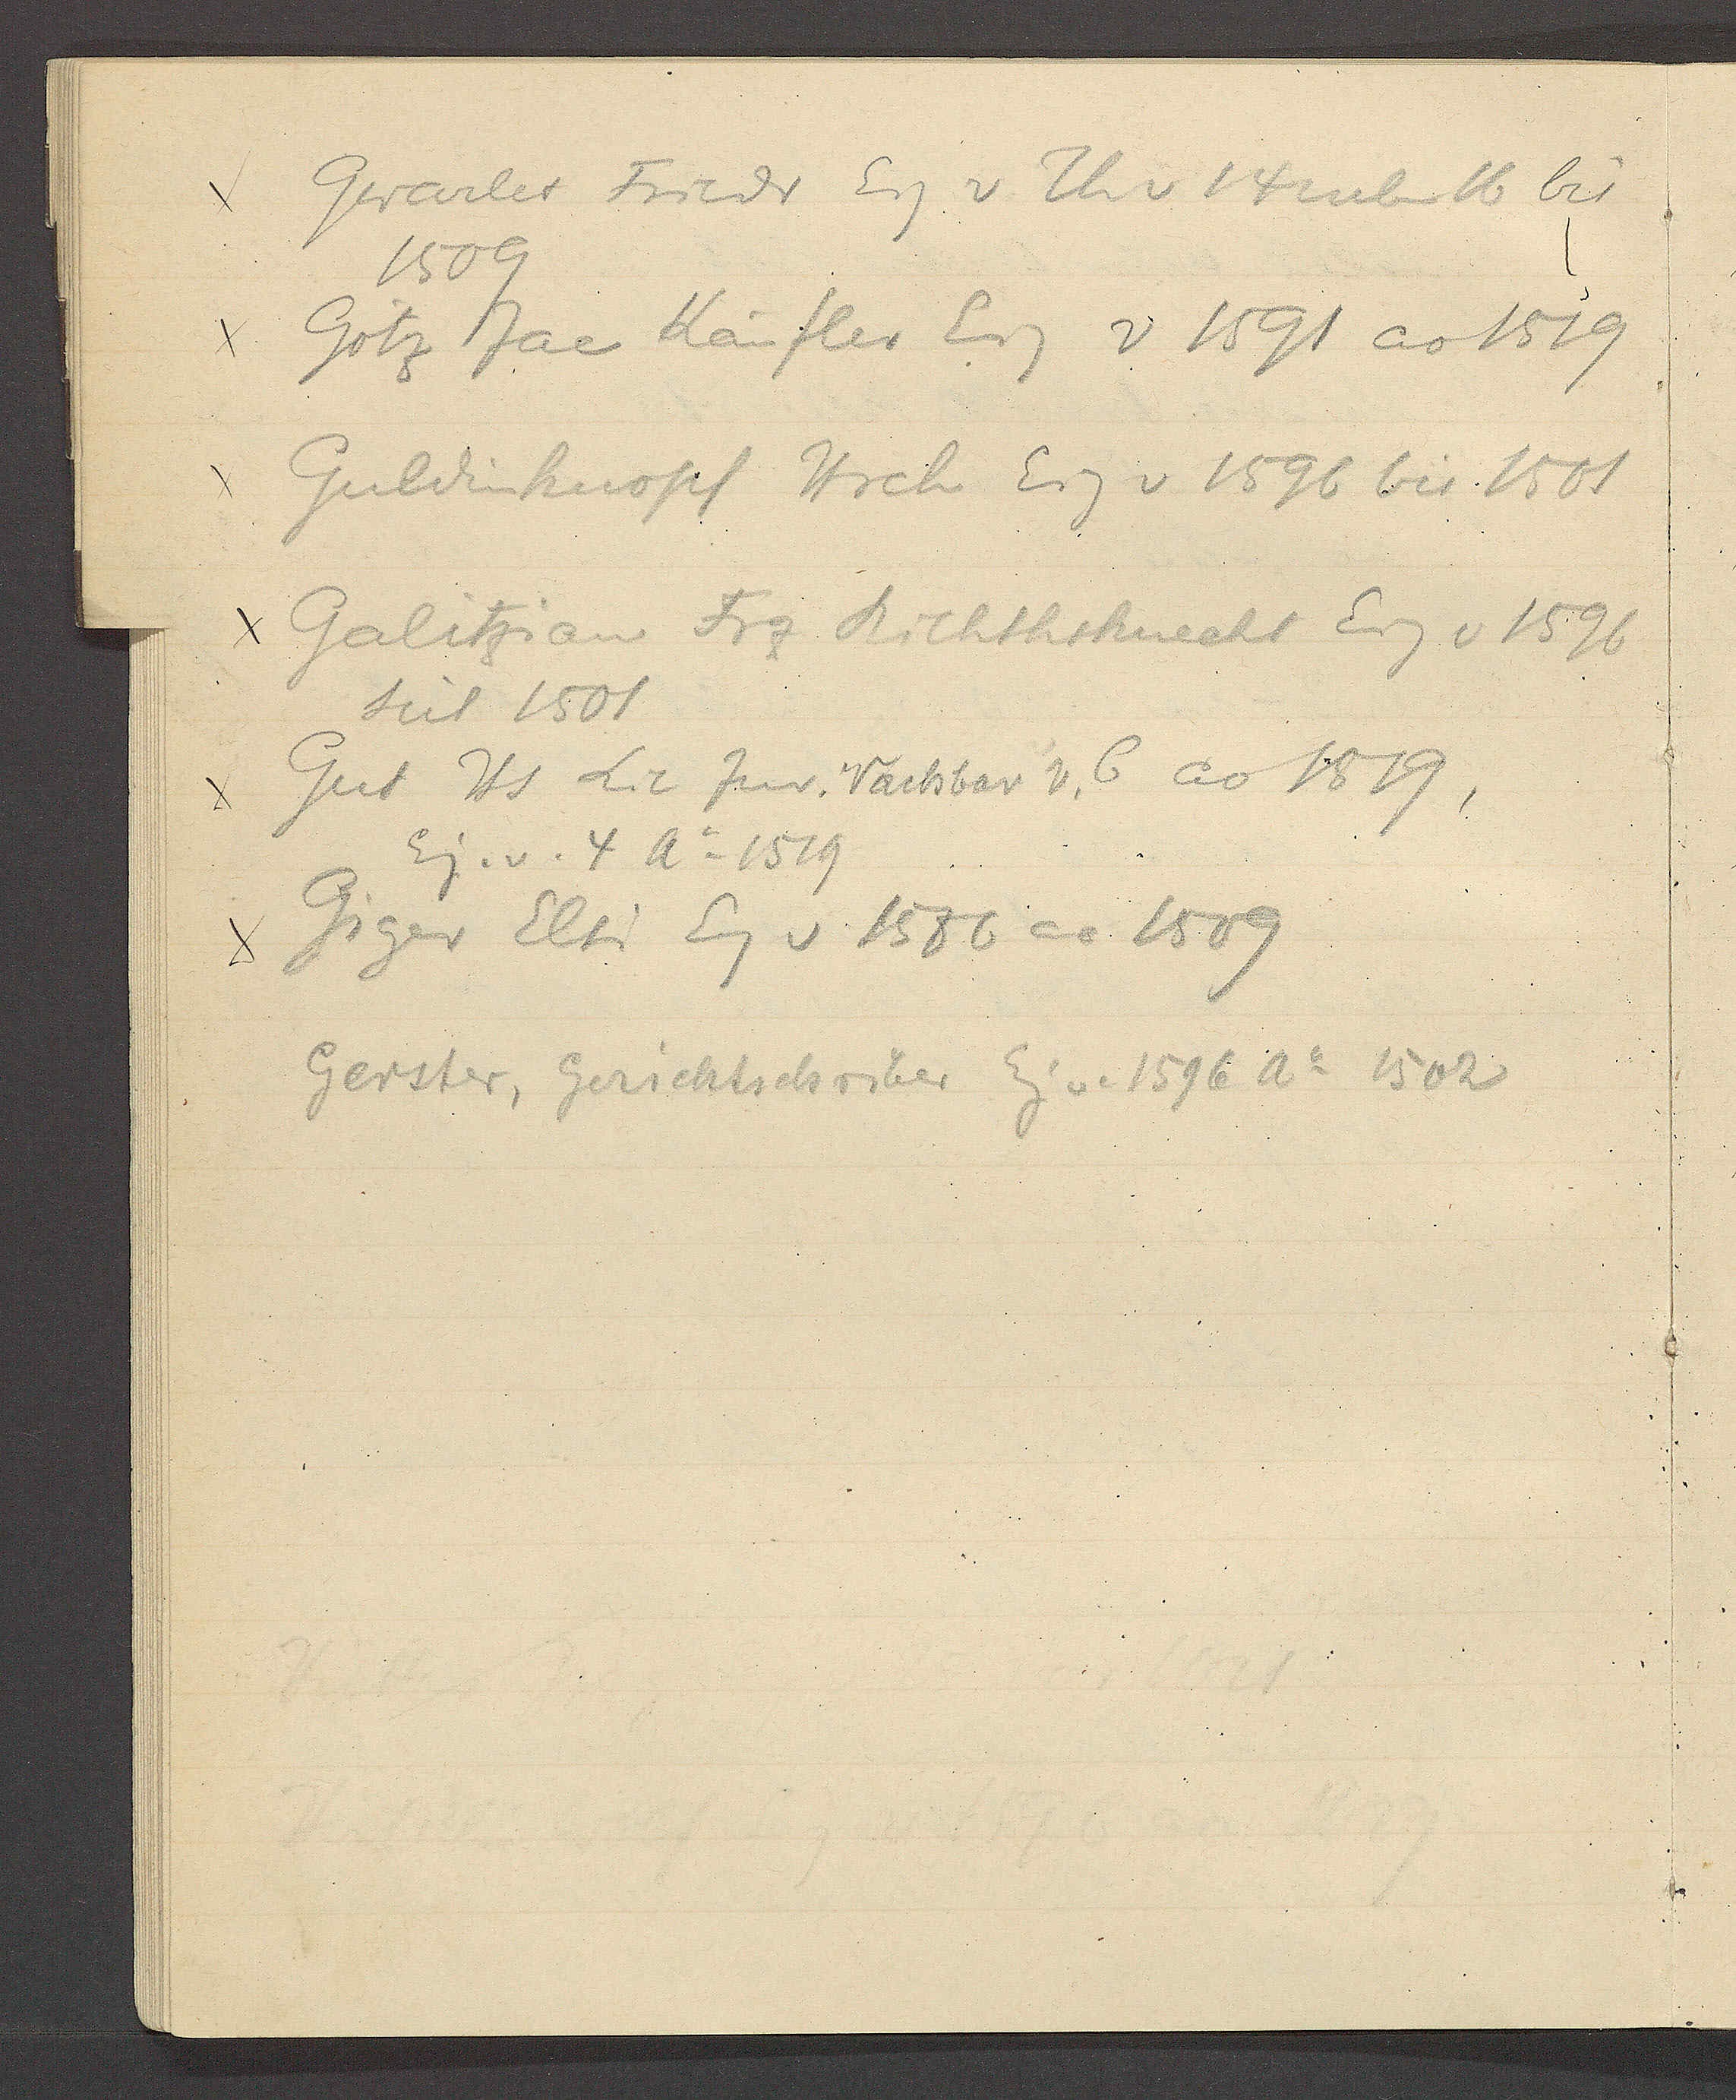
Transcript:
χ Gwarler Friedr Eig v Th v 14 neben 16 bis
1509

χ Götz Jac Käufler Eig v 1591 ao 1519

χ Guldinknopf Hrch Eig v 1596 bis 1501

χ Galitzian Fzg Richthsknecht Eig v 1596
seit 1501

χ Gut Hs Lic Jur. Nachbar v. 6 ao 1519,
Eig. v. 4 Ao 1519

χ Giger Elsi Eig v 1586 ao 1509

χ Gerster, Gerichtschriber Eig v. 1596 Ao 1502